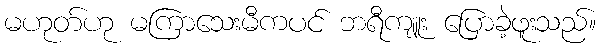
မဟုတ်ဟု မကြာသေးမီကပင် ဘရီကျူး ပြောခဲ့ဖူးသည်။